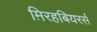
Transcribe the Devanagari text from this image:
म़िरहबियरर्स